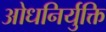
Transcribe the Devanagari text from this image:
ओधनिर्युक्ति